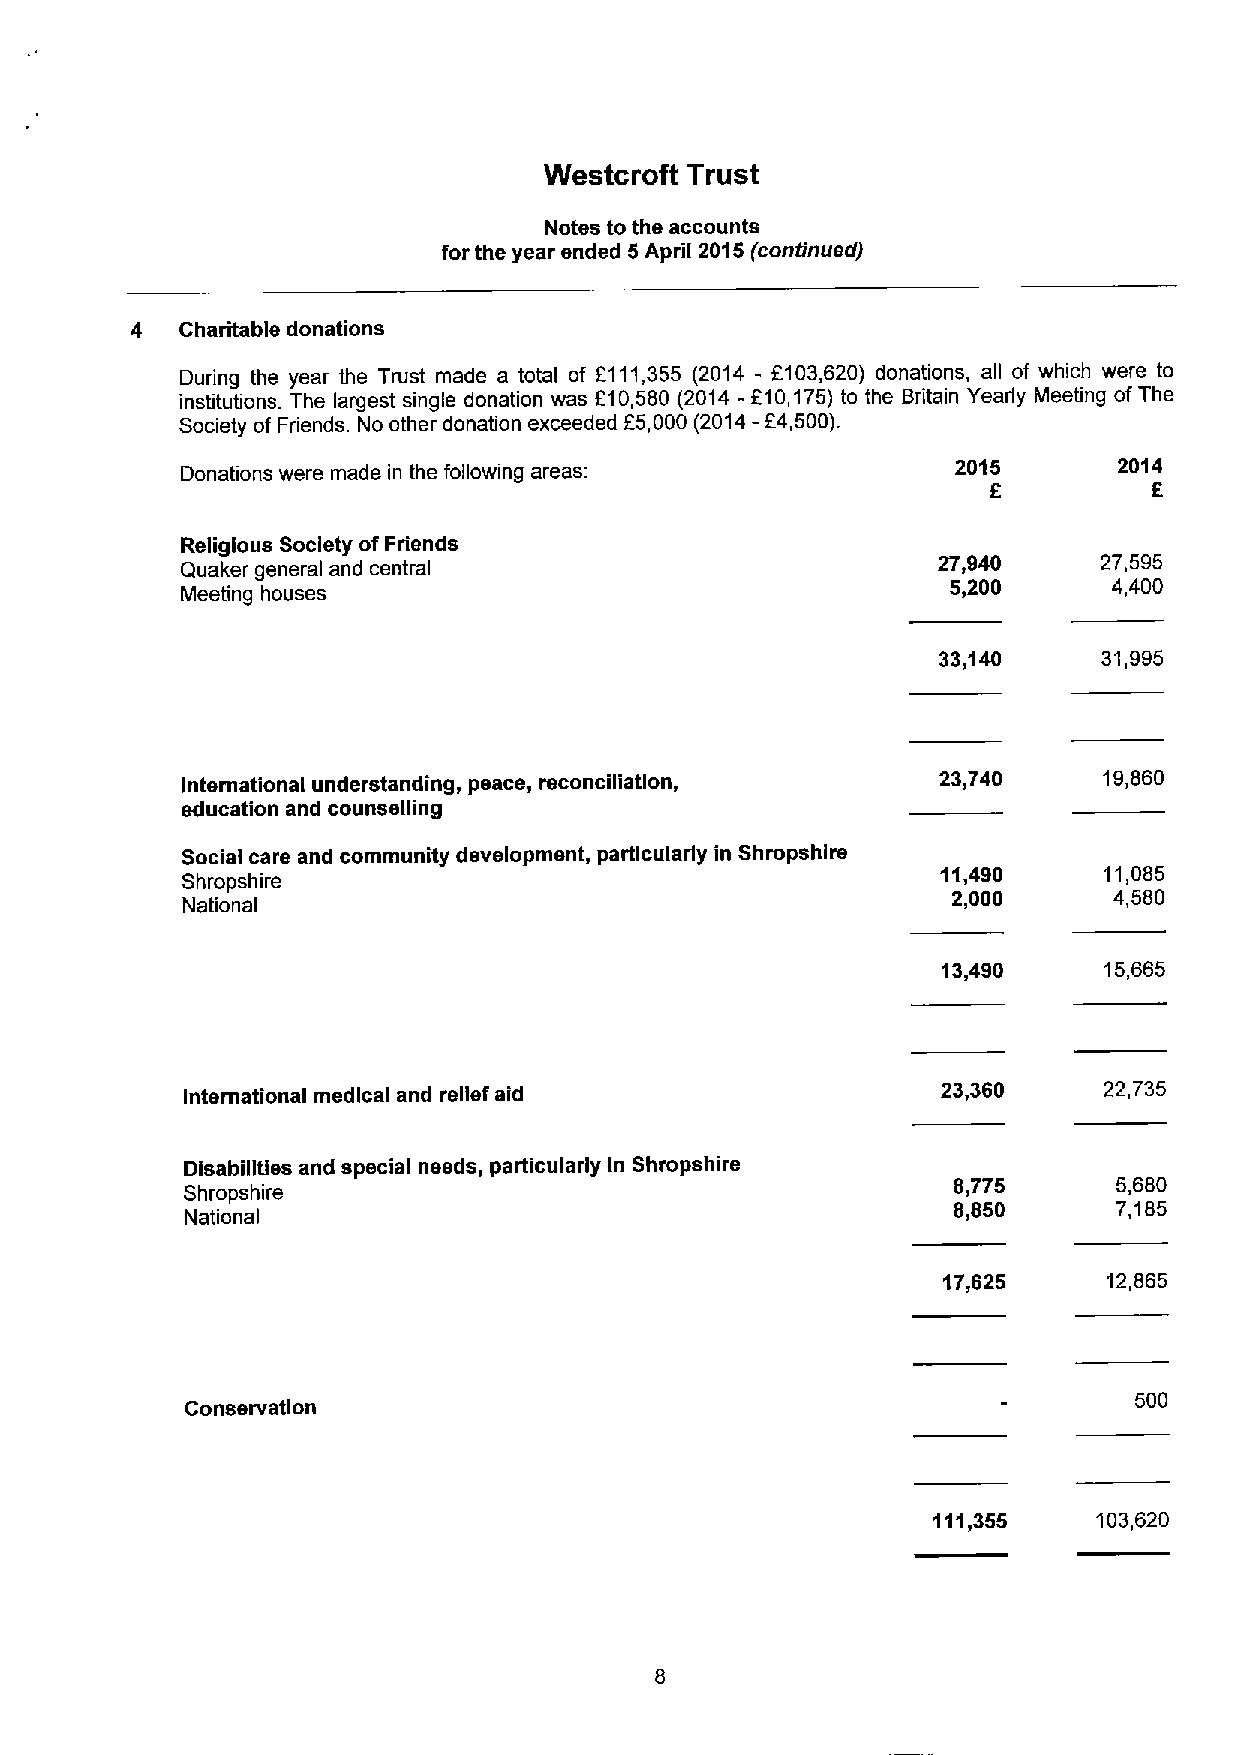
Westcroft Trust
 Notes to the accounts
 for the year ended 5April 2015(continued)
 4  Charitable donations
 During the year the Trust made a total of F111,355 (2014 - 5103,620) donations, all of which were to
 institutions. The largest single donation was 510,580 (2014 - F10,175)to the Britain Yearly Meeting ofThe
 Society of Friends. No other donation exceeded 55,000 (2014-F4,500).
 Donations were made in the following areas:        2015       2014
 5
 Religious Society ofFriends
 Quaker general and central
 27,940     27,595
 Meeting houses
 5,200      4,400
 33,140     31,995
 International understanding, peace, reconciliation, 23,740   19,860
 education and counselling
 Social care and community development, particularly in Shropshire
 11,490     11,085
 Shropshire
 2,000      4,580
 National
 13,490     15,665
 International medical and relief aid              23,350     22,735
 Disabilities and special needs, particularly In Shropshire
 Shropshire
 8,775      5,680
 8,850      7,185
 National
 17,825     12,865
 500
 Conservation
 111,355    103,620